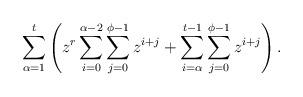
LaTeX: \begin{align*}\sum_{\alpha=1}^t\left(z^r\sum_{i=0}^{\alpha-2}\sum_{j=0}^{\phi-1}z^{i+j} + \sum_{i=\alpha}^{t-1}\sum_{j=0}^{\phi-1}z^{i+j}\right).\end{align*}